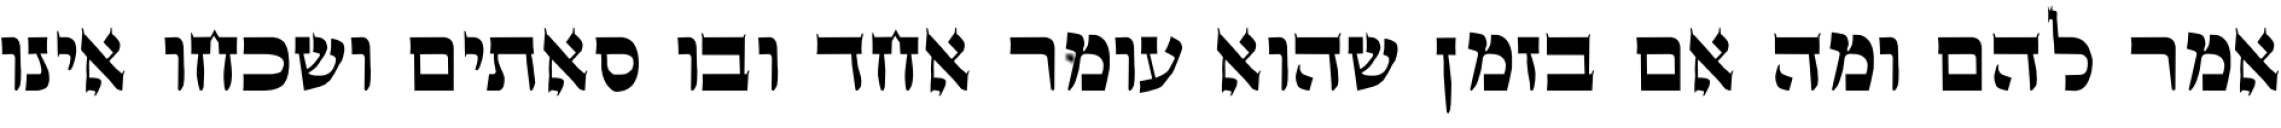
אמר להם ומה אם בזמן שהוא עומר אחד ובו סאתים ושכחו אינו